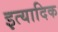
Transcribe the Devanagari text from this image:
इत्यादिक